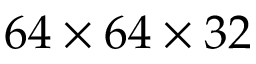
6 4 \times 6 4 \times 3 2